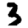
Digit: 3